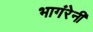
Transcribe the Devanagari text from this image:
भागंरेनी